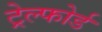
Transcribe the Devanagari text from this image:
ट्रेल्फोर्ड